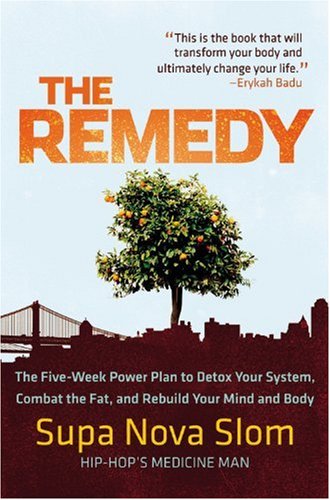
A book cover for The Remedy: The Five-Week Power Plan to Detox Your System, Combat the Fat, and Rebuild Your Mind and Body; Supa Nova Slom; Medical Books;